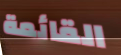
القائمة